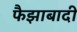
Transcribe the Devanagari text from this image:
फैझाबादी